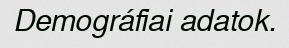
Demográfiai adatok.